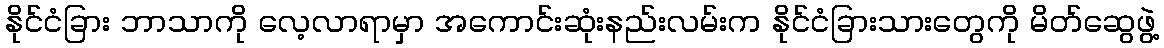
နိုင်ငံခြား ဘာသာကို လေ့လာရာမှာ အကောင်းဆုံးနည်းလမ်းက နိုင်ငံခြားသားတွေကို မိတ်ဆွေဖွဲ့